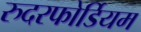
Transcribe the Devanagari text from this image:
रुदरफोर्डियम